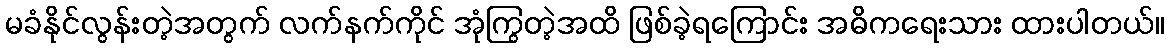
မခံနိုင်လွန်းတဲ့အတွက် လက်နက်ကိုင် အုံကြွတဲ့အထိ ဖြစ်ခဲ့ရကြောင်း အဓိကရေးသား ထားပါတယ်။